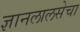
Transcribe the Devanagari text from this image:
ज्ञानलालसेचा